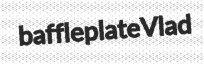
baffleplate Vlad